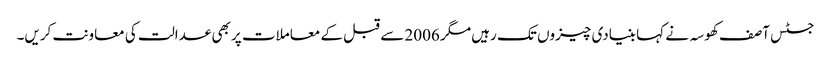
جسٹس آصف کھوسہ نے کہا بنیادی چیزوں تک رہیں مگر 2006 سے قبل کے معاملات پر بھی عدالت کی معاونت کریں۔